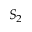
S _ { 2 }